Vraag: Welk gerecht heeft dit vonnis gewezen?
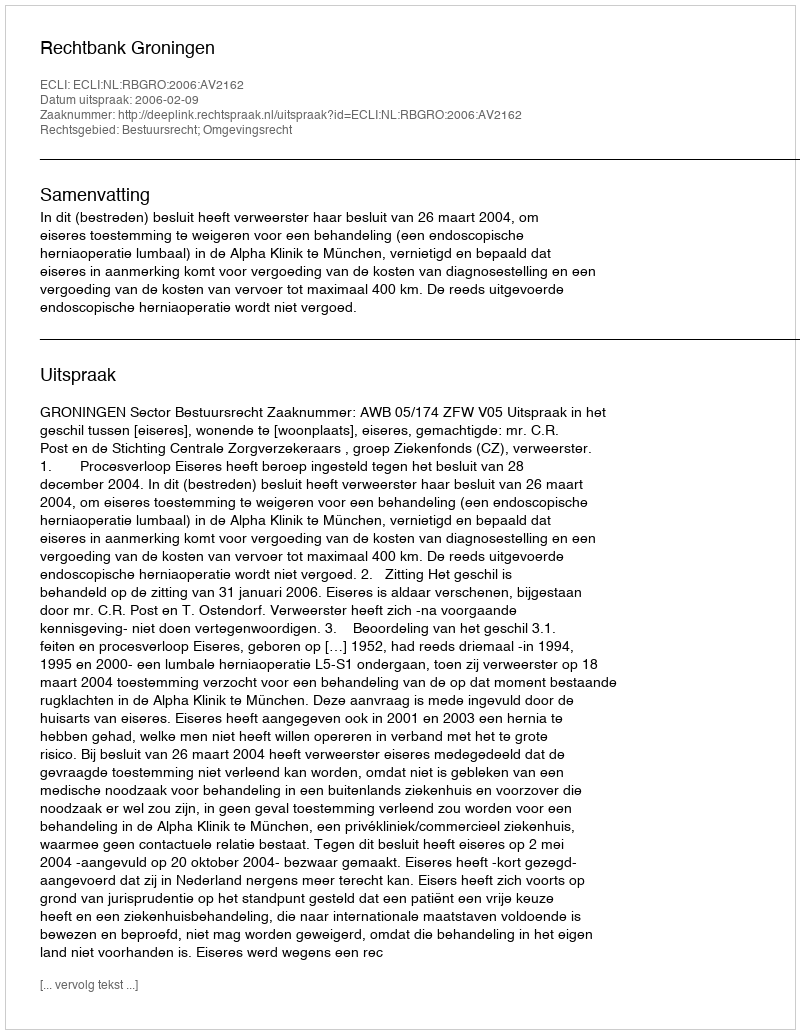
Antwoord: Rechtbank Groningen